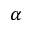
\alpha